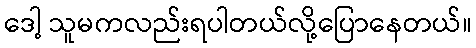
ဒေါ့ သူမကလည်းရပါတယ်လို့ပြောနေတယ်။